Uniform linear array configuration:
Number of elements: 12
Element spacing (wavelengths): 0.25
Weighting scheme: uniform
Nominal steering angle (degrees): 60
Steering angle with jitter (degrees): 58.201
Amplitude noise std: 0.05
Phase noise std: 0.05

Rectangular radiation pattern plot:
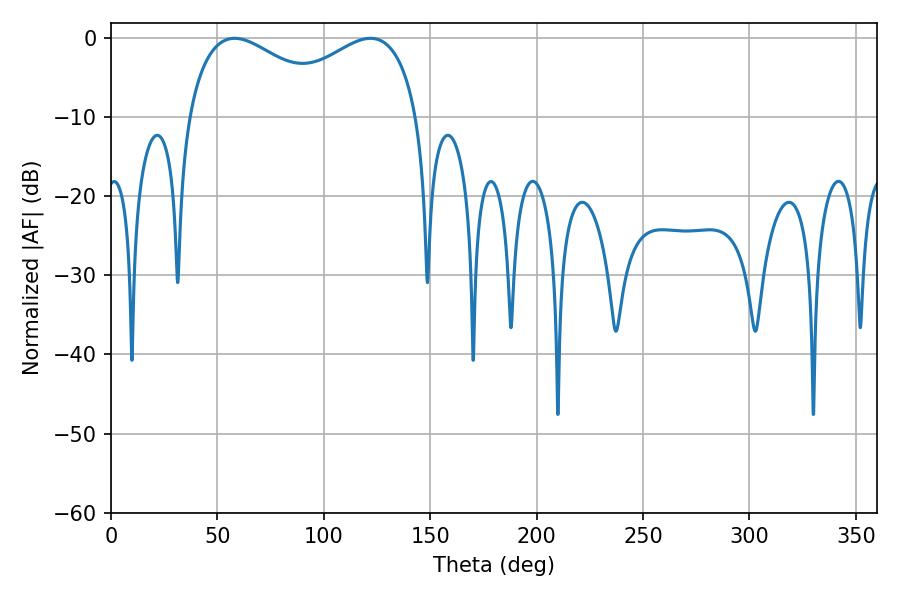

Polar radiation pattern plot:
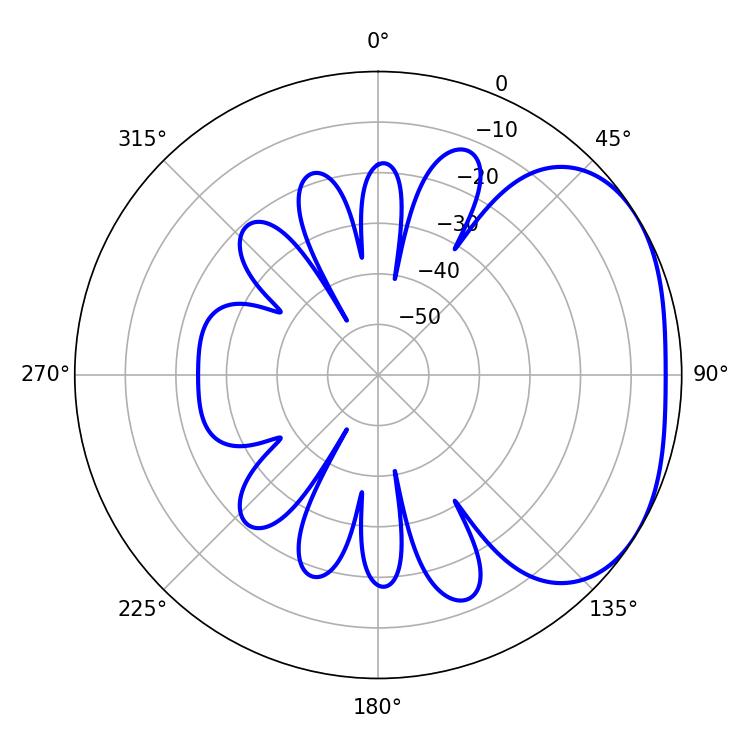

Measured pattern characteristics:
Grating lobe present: FALSE
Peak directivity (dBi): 2.599
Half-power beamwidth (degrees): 40.5
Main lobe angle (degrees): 58.14